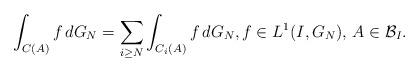
LaTeX: \begin{align*}\int_{C(A)} f \,d G_N = \sum_{i \geq N} \int_{C_i(A)}f\, d G_N,f \in L^1(I,G_N),\,A \in {\mathcal{B}}_I. \end{align*}